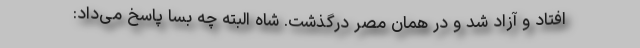
افتاد و آزاد شد و در همان مصر درگذشت. شاه البته چه بسا پاسخ می‌داد: